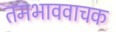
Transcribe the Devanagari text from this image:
तमभाववाचक